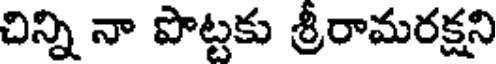
చిన్ని నా పొట్టకు శ్రీరామరక్షని